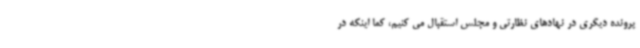
پرونده دیگری در نهادهای نظارتی و مجلس استقبال می کنیم، کما اینکه در